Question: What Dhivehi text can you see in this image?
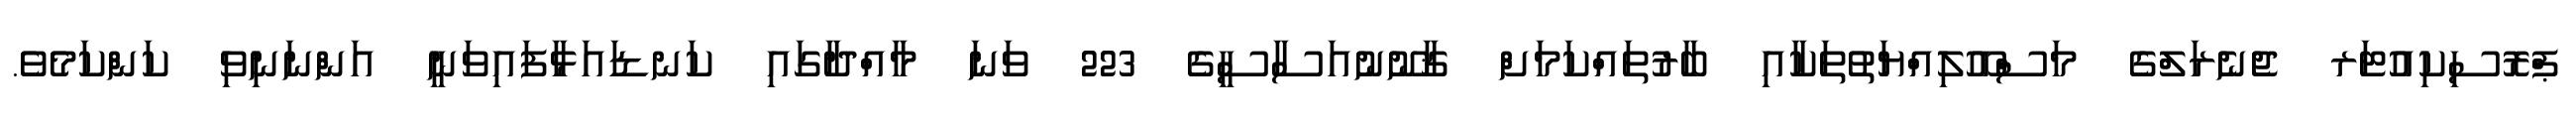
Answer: ޕްރޮސިކިއުޓަރ ޖެނެރަލްގެ މަސްއޫލިއްޔަތުތަކާއި ބާރުތައްކަމަށް ޤާނޫނުއަސާސީގެ 223 ވަނަ މާއްދާގައި ކަނޑައަޅާފައިވަނީ އަންނަނިވި ކަންކަމެވެ.